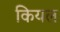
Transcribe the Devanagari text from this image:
कियल